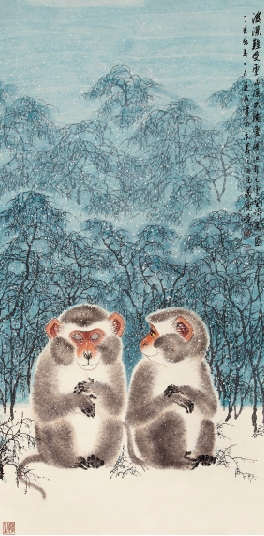
溪深难受雪，山冻不流云。